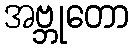
အဗ္ဘုတော